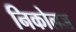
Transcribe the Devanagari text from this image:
निकोलज